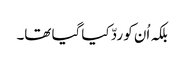
بلکہ اُن کو ردّ کیا گیا تھا۔